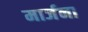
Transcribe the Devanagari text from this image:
मार्जना